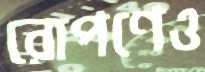
রোপণেও